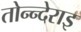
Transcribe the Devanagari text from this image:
तोन्न्देराइ